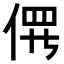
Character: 𫢱